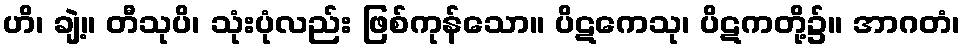
ဟိ၊ ချဲ့။ တီသုပိ၊ သုံးပုံလည်း ဖြစ်ကုန်သော။ ပိဋကေသု၊ ပိဋကတို့၌။ အာဂတံ၊